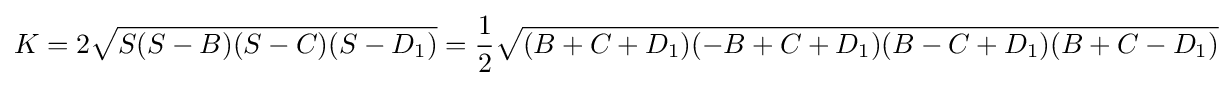
K=2{\sqrt {S(S-B)(S-C)(S-D_{1})}}={\frac {1}{2}}{\sqrt {(B+C+D_{1})(-B+C+D_{1})(B-C+D_{1})(B+C-D_{1})}}